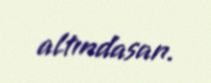
altındasan.